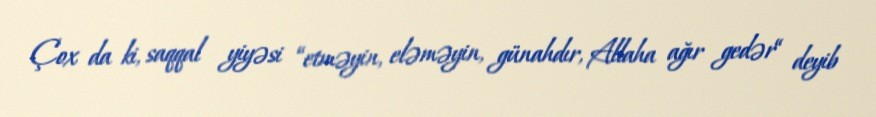
Çox da ki, saqqal yiyəsi “etməyin, eləməyin, günahdır, Allaha ağır gedər“ deyib